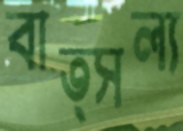
বাত্সল্য